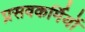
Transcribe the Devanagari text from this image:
प्रसवकर्मियों